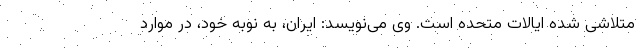
متلاشی شده ایالات متحده است. وی می‌نویسد: ایران، به نوبه خود، در موارد